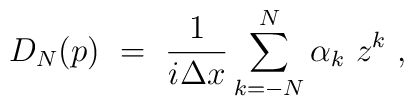
D_N(p) \ = \ {1\over i \Delta x} \sum_{k=-N}^{N} \alpha_k \ z^k\ ,